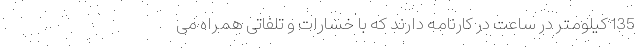
135 کیلومتر در ساعت در کارنامه دارند که با خسارات و تلفاتی همراه می